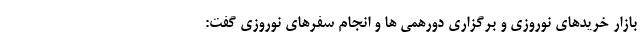
بازار خریدهای نوروزی و برگزاری دورهمی ها و انجام سفرهای نوروزی گفت: